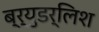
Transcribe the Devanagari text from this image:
ब्र्युडर्लिश